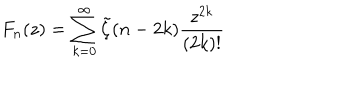
LaTeX: F _ { n } ( z ) = \sum _ { k = 0 } ^ { \infty } \tilde { \zeta } ( n - 2 k ) \frac { z ^ { 2 k } } { ( 2 k ) ! }